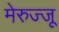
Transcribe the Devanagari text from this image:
मेरुज्जू